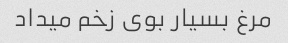
مرغ بسیار بوی زخم میداد